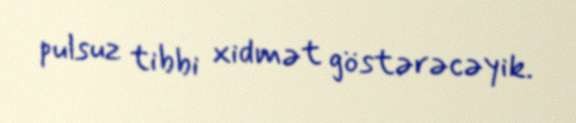
pulsuz tibbi xidmət göstərəcəyik.